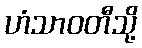
ဟံသာဝတီသို့